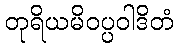
တုရိယမိဝပ္ပဝါဒိတံ